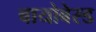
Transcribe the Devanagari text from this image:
बायोबेस्ड